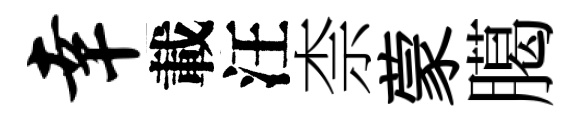
幸載汪柰蒙臈